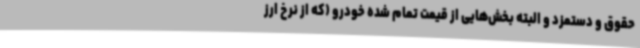
حقوق و دستمزد و البته بخش‌هایی از قیمت تمام شده خودرو (که از نرخ ارز